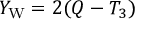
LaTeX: \qquad Y _ { \mathrm { { W } } } = 2 ( Q - T _ { 3 } )